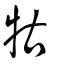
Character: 牯